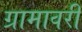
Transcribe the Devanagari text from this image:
ग्रामावरी